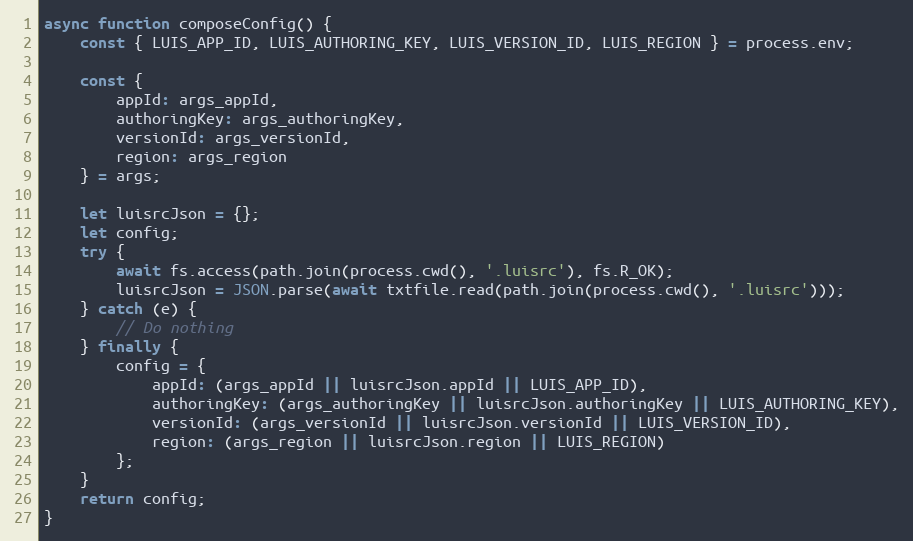
Language: JavaScript
async function composeConfig() {
    const { LUIS_APP_ID, LUIS_AUTHORING_KEY, LUIS_VERSION_ID, LUIS_REGION } = process.env;

    const {
        appId: args_appId,
        authoringKey: args_authoringKey,
        versionId: args_versionId,
        region: args_region
    } = args;

    let luisrcJson = {};
    let config;
    try {
        await fs.access(path.join(process.cwd(), '.luisrc'), fs.R_OK);
        luisrcJson = JSON.parse(await txtfile.read(path.join(process.cwd(), '.luisrc')));
    } catch (e) {
        // Do nothing
    } finally {
        config = {
            appId: (args_appId || luisrcJson.appId || LUIS_APP_ID),
            authoringKey: (args_authoringKey || luisrcJson.authoringKey || LUIS_AUTHORING_KEY),
            versionId: (args_versionId || luisrcJson.versionId || LUIS_VERSION_ID),
            region: (args_region || luisrcJson.region || LUIS_REGION)
        };
    }
    return config;
}